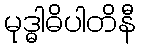
မုဒ္ဓါဓိပါတိနီ